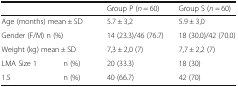
| <COLSPAN=2>  | Group P (n = 60) | Group S (n = 60) |
 | --- | --- | --- | --- |
 | <COLSPAN=2> Age (months) mean ± SD | 5.7 ± 3,2 | 5.9 ± 3,0 |
 | <COLSPAN=2> Gender (F/M) n (%) | 14 (23.3)/46 (76.7) | 18 (30.0)/42 (70.0) |
 | <COLSPAN=2> Weight (kg) mean ± SD | 7,3 ± 2,0 (7) | 7,7 ± 2,2 (7) |
 | LMA Size 1 | n (%) | 20 (33.3) | 18 (30) |
 | 1.5 | n (%) | 40 (66.7) | 42 (70) |